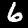
Label: 6